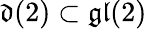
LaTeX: {\mathfrak{d}}(2)\subset{\mathfrak{gl}}(2)